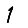
Digit: 1